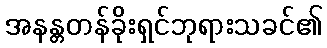
အနန္တတန်ခိုးရှင်ဘုရားသခင်၏